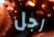
رجل